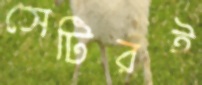
সেটিরই